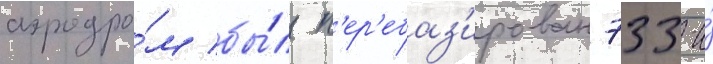
аэродро́м бы́л п'ер'ебаз'ирован 733-и́